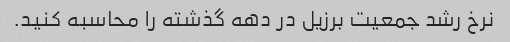
نرخ رشد جمعیت برزیل در دهه گذشته را محاسبه کنید.